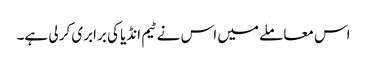
اس معاملے میں اس نے ٹیم انڈیا کی برابری کر لی ہے۔